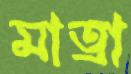
মাত্রা